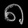
Digit: ၈